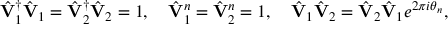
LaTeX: \hat { \bf V } _ { 1 } ^ { \dagger } \hat { \bf V } _ { 1 } = \hat { \bf V } _ { 2 } ^ { \dagger } \hat { \bf V } _ { 2 } = 1 , \quad \hat { \bf V } _ { 1 } ^ { n } = \hat { \bf V } _ { 2 } ^ { n } = 1 , \quad \hat { \bf V } _ { 1 } \hat { \bf V } _ { 2 } = \hat { \bf V } _ { 2 } \hat { \bf V } _ { 1 } e ^ { 2 \pi i \theta _ { n } } ,